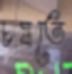
চষতে